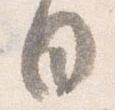
目